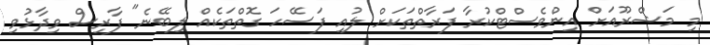
މި މަޝްރޫއަށް އިންވެސްޓްކުރާ ފަރާތްތަކަށް ލުއި ފަސޭހަ ގޮތްތަކެއް ލިބޭނެ" ފާރިސް ވިދާޅުވި